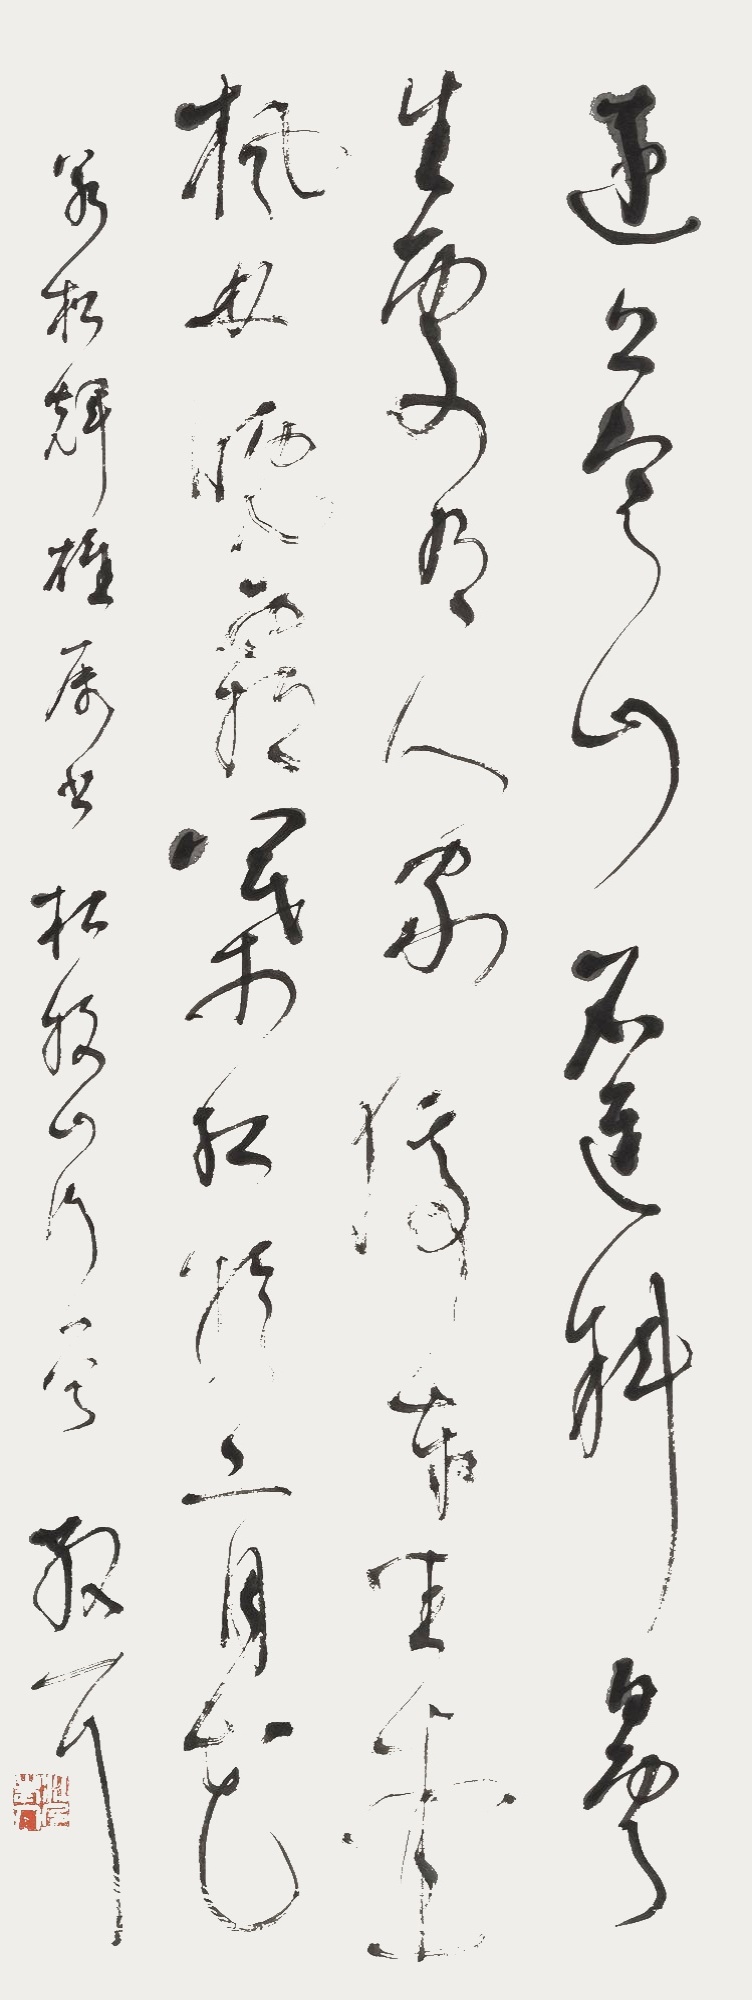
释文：远上寒山石径斜，白云深处有人家。停车坐爱枫林晚，霜叶红于二月花。若松辉雄属书。杜牧山行一首。散耳。